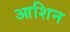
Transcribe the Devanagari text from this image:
आशिन